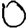
Digit: 0